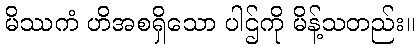
မိဿကံ ဟိအစရှိသော ပါဌ်ကို မိန့်သတည်း။